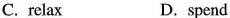
C. relax D. spend